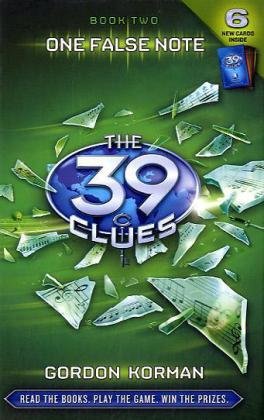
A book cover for One False Note (The 39 Clues, Book 2); Gordon Korman; Children's Books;